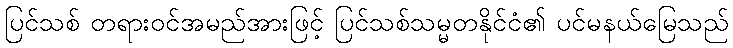
ပြင်သစ် တရားဝင်အမည်အားဖြင့် ပြင်သစ်သမ္မတနိုင်ငံ၏ ပင်မနယ်မြေသည်